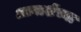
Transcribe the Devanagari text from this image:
आगाशेंच्या